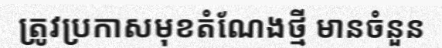
ត្រូវប្រកាសមុខតំណែងថ្មី មានចំនួន